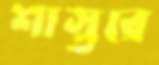
শাস্তরে